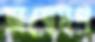
অন্বেষণ